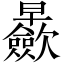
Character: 𱢴